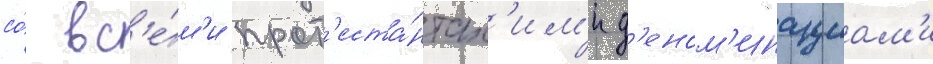
со́ вс'е́м'и прот'еста́нтск'им'и д'еном'инациам'и